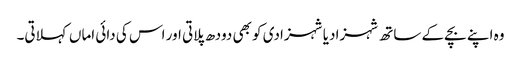
وہ اپنے بچے کے ساتھ شہزادیا شہزادی کو بھی دودھ پلاتی اور اس کی دائی اماں کہلاتی۔